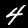
Label: 4